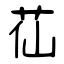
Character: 苮